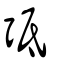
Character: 弤